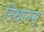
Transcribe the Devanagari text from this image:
निधानम्